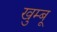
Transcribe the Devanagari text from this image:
खुम्बू